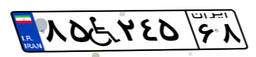
۷۷W۹۹۹۲۹